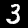
Digit: 3